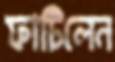
ফাটিলেন